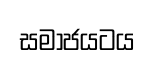
සමාජයටය